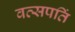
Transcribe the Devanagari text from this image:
वत्सपतिं